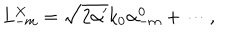
L _ { - m } ^ { X } = \sqrt { 2 \alpha ^ { \prime } } k _ { 0 } \alpha _ { - m } ^ { 0 } + \cdots ,